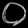
Digit: ၀